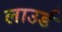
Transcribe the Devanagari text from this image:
लाउर्ड